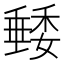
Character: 𥡭